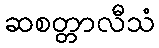
ဆစတ္တာလီသံ